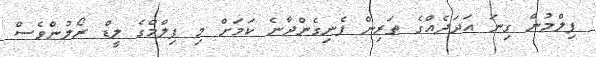
ފިލްމުން ގިނަ އަދަދެއްގެ ތަރިން ފެނިގެންދާނެ ކަމަށް މި ފިލްމްގެ ލީޑް ރޯލުންވެސް